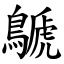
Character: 鷈